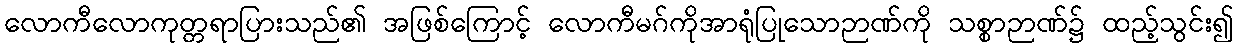
လောကီလောကုတ္တရာပြားသည်၏ အဖြစ်ကြောင့် လောကီမဂ်ကိုအာရုံပြုသောဉာဏ်ကို သစ္စာဉာဏ်၌ ထည့်သွင်း၍